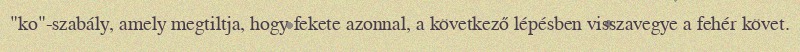
"ko"-szabály, amely megtiltja, hogy fekete azonnal, a következő lépésben visszavegye a fehér követ.